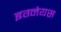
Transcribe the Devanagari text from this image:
इग्नेयस